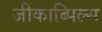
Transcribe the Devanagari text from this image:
जीकाब्पिल्स